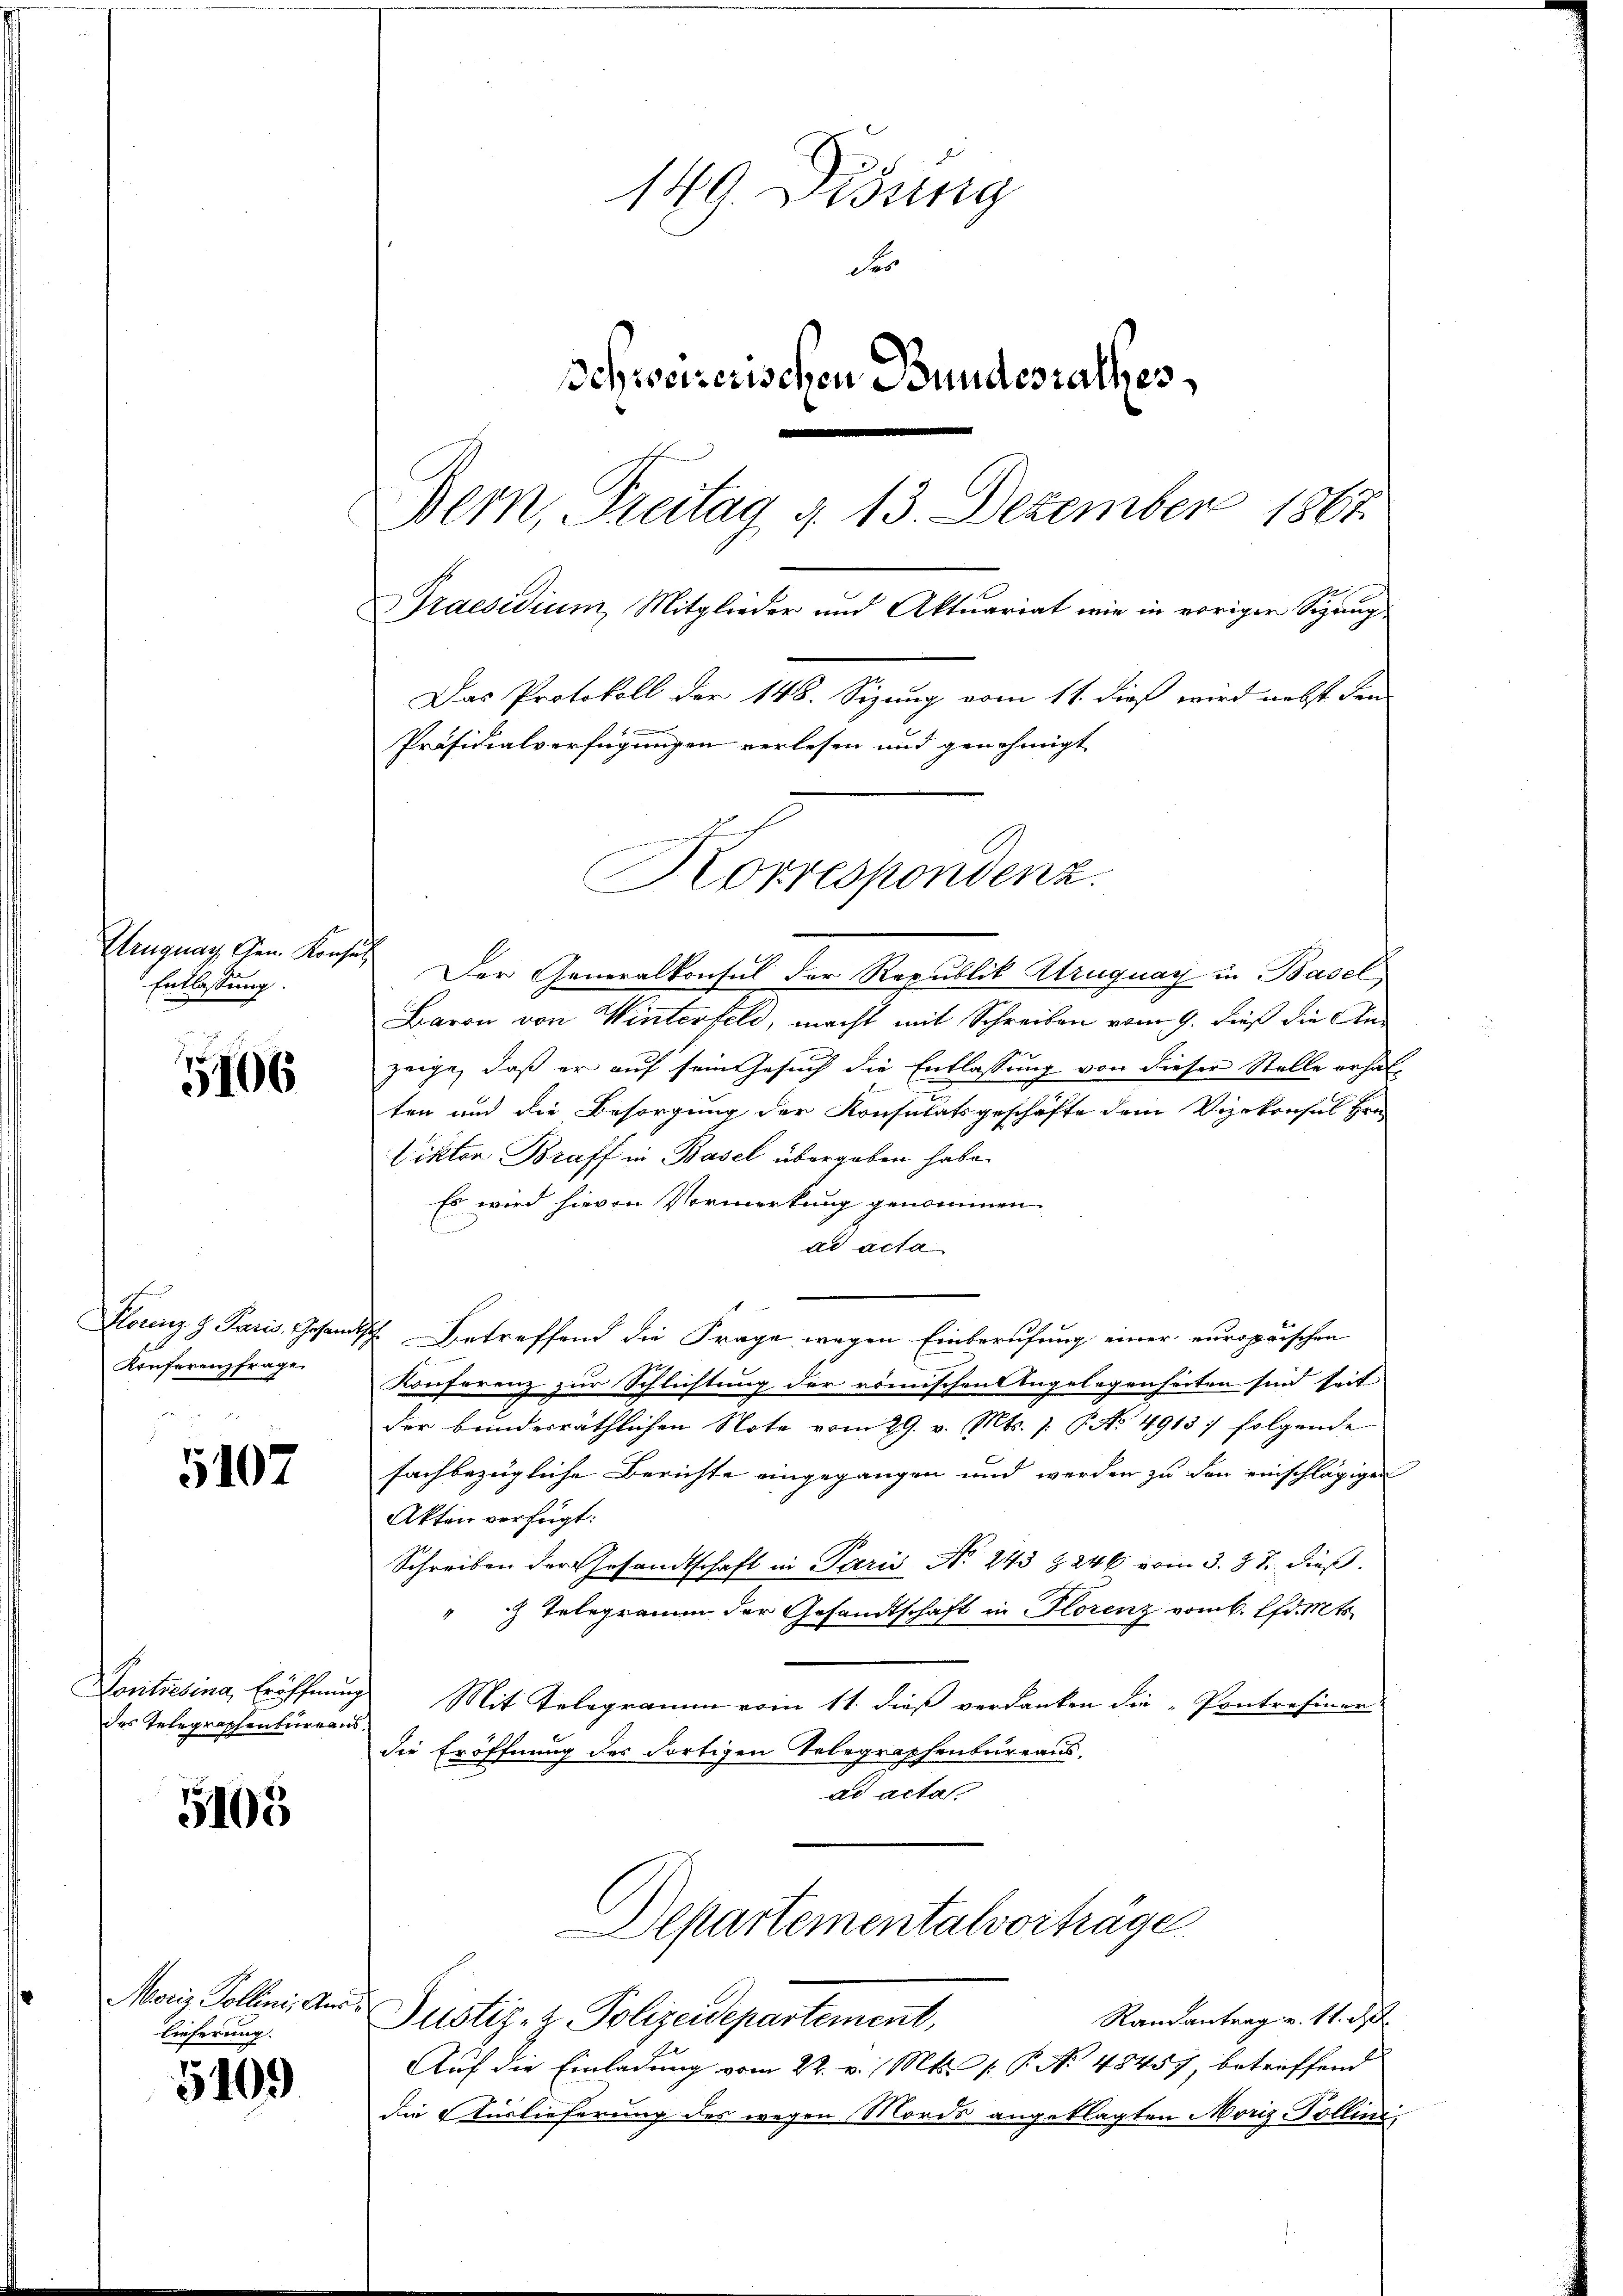
Heugung Gem. Konses
Entlassung.

5106

Slorenz & Paris, Gesandt
Konferenzfrage

5107

Contredena, Eröffnung
des Telegraphenbureaus

5103

Moriz Pollini, Auslieferung.

5109

149. Disung
des
Schweizerischen Bundesrathes
Bern, Freitag d. 13. Dezember 1867.
Praesidium, Mitglieder und Aktuariat wie in voriger Sigung
Das Protokoll der 148. Sizung vom 11. dieß wird nebst den

Präsidialverfügungen verlesen und genehmigt

Der Generalkonsul der Republik Atruguay in Basel
Baron von Winterfeld, macht mit Schreiben vom 9. dieß die Anzeige, daß er auf sein Gesuch die Entlassung von dieser Stelle erhalten und die Besorgung der Konsulatsgeschäfte dem Vizekonses Hrn.
Viktor Braff in Basel übergeben habe.
Es wird hievon Vormerkung genommen.
ad acta
2. Betreffend die Frage wegen Einberufung einer europaischen
Konferenz zur Schlichtung der römischen Angelegenheiten sind seit
der bunderräthlichen Note vom 29. v. Mts. 1. P. No 4913) folgende
fachbezügliche Berichte eingegangen und werden zu den einschlägigen
Akten verfügt:
Schreiben der Gesandtschaft in Paris, No. 243 § 246 vom 3. 87. dieß
" Telegramm der Gesandtschaft in Florenz vom 6. Ed. Mts.
Mit Telegramm vom 11. dieß verdanken die „Pontrefiner
die Eröffnung des dortigen Telegraphenbureaus.
ad acta
Departementalvorträge
Randantrag v. 11. d.
Justiz- & Polizeidepartement,
Auf die Einladung vom 22. v. Mts. /: P. No 48457, betreffend
die Auslieferung des wegen Mords angeklagten Moriz Pollini

Korrespondenz.